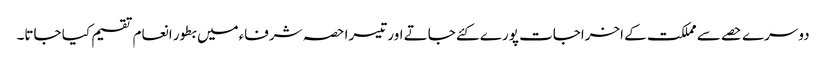
دوسرے حصے سے مملکت کے اخراجات پورے کئے جاتے اور تیسرا حصہ شرفاءمیں بطور انعام تقسیم کیا جاتا۔